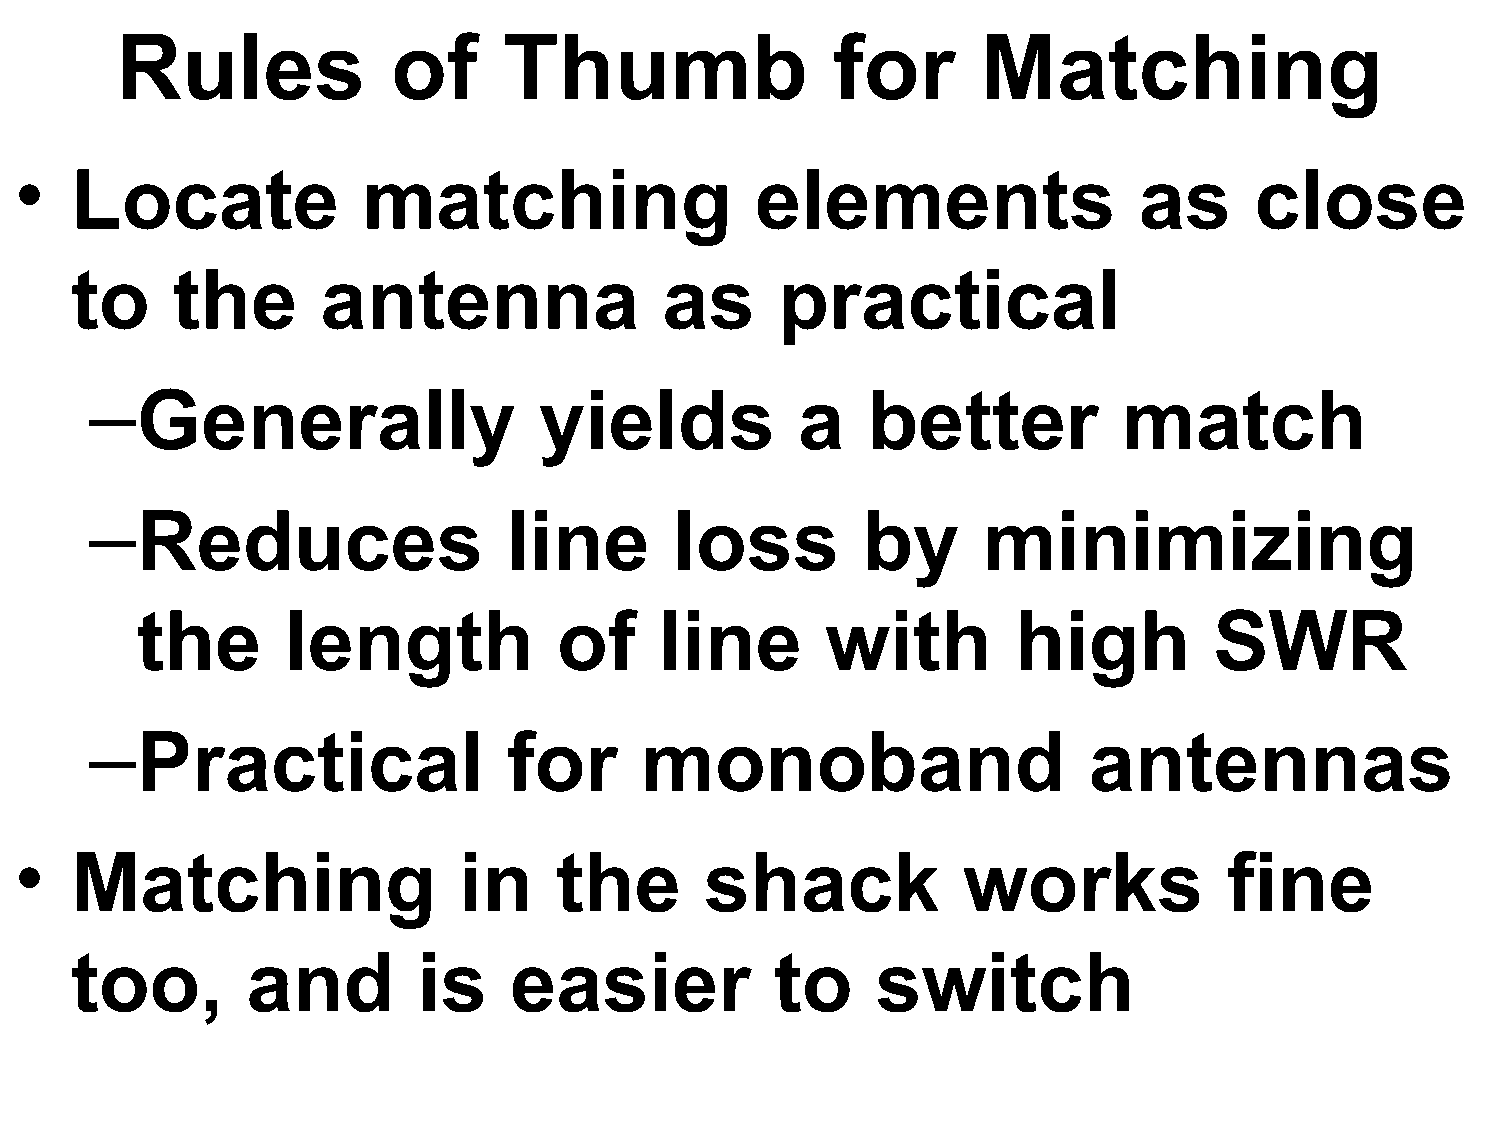
Rules             of     Thumb                 for       Matching
 •   Locate             matching                  elements                 as      close
 to    the       antenna                as      practical
 –Generally                    yields           a   better           match
 –Reduces                    line       loss        by      minimizing
 the       length            of     line       with        high         SWR
 –Practical                  for     monoband                      antennas
 •   Matching                 in     the       shack            works            fine
 too,       and         is    easier           to     switch